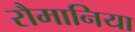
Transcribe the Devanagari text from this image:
रौमानिया